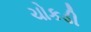
ચોકડી